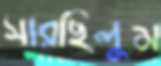
সারছিলুম